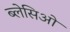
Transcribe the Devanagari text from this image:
ब्लेसिओ